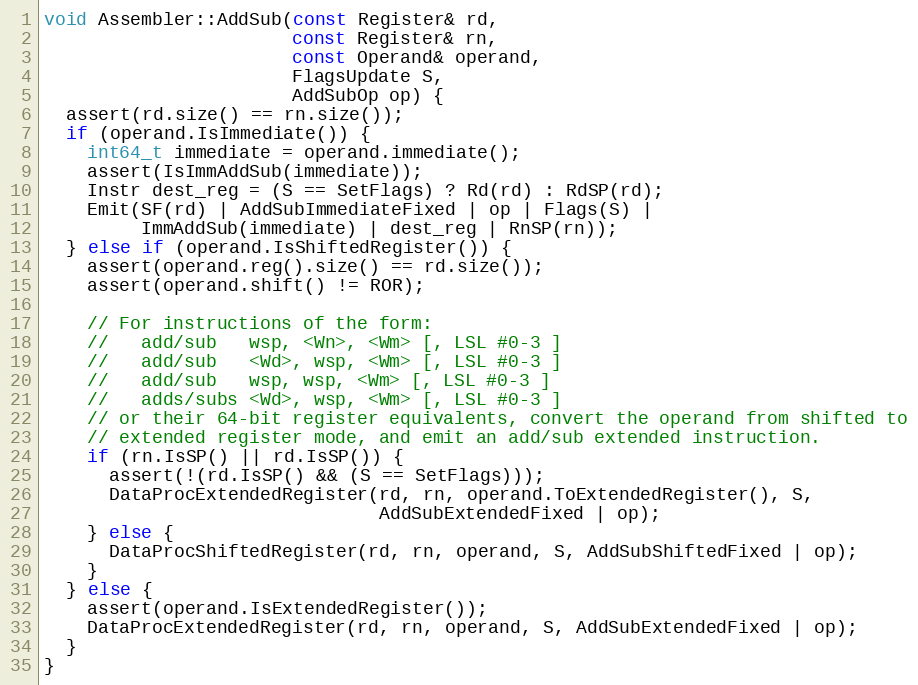
Language: C++
void Assembler::AddSub(const Register& rd,
                       const Register& rn,
                       const Operand& operand,
                       FlagsUpdate S,
                       AddSubOp op) {
  assert(rd.size() == rn.size());
  if (operand.IsImmediate()) {
    int64_t immediate = operand.immediate();
    assert(IsImmAddSub(immediate));
    Instr dest_reg = (S == SetFlags) ? Rd(rd) : RdSP(rd);
    Emit(SF(rd) | AddSubImmediateFixed | op | Flags(S) |
         ImmAddSub(immediate) | dest_reg | RnSP(rn));
  } else if (operand.IsShiftedRegister()) {
    assert(operand.reg().size() == rd.size());
    assert(operand.shift() != ROR);

    // For instructions of the form:
    //   add/sub   wsp, <Wn>, <Wm> [, LSL #0-3 ]
    //   add/sub   <Wd>, wsp, <Wm> [, LSL #0-3 ]
    //   add/sub   wsp, wsp, <Wm> [, LSL #0-3 ]
    //   adds/subs <Wd>, wsp, <Wm> [, LSL #0-3 ]
    // or their 64-bit register equivalents, convert the operand from shifted to
    // extended register mode, and emit an add/sub extended instruction.
    if (rn.IsSP() || rd.IsSP()) {
      assert(!(rd.IsSP() && (S == SetFlags)));
      DataProcExtendedRegister(rd, rn, operand.ToExtendedRegister(), S,
                               AddSubExtendedFixed | op);
    } else {
      DataProcShiftedRegister(rd, rn, operand, S, AddSubShiftedFixed | op);
    }
  } else {
    assert(operand.IsExtendedRegister());
    DataProcExtendedRegister(rd, rn, operand, S, AddSubExtendedFixed | op);
  }
}